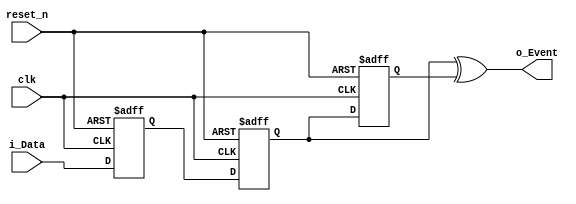
/*
   Module Event Detector (With Input Data Sync)
   Author: Gyan Chand Dhaka (M.Tech, Micro-Electronics & VLSI Design)
   My YouTube Channel: https://www.youtube.com/@vlsiexcellence
   Follow me on Linkedin: https://www.linkedin.com/in/gyan-chand-dhaka-a792971a2/
   Join My Linkedin Group for More VLSI Contents & Info: https://www.linkedin.com/groups/14154124/ 
   
*/
// Code your design here

module event_detector_sync(

		input       clk,
		input       reset_n,
		input       i_Data,
		output      o_Event

	);

	reg  r_ff;
	reg r_Data_in_Flop0, r_Data_in_Flop1;
	wire w_Data_in_Synced;

  always @(posedge clk or negedge reset_n) // Get the synced version of i_Data
			begin
       if(!reset_n)
         begin
					r_Data_in_Flop0 <= 1'b0;
					r_Data_in_Flop1 <= 1'b0;
         end
       else begin
					r_Data_in_Flop0 <= i_Data;
					r_Data_in_Flop1 <= r_Data_in_Flop0;
        end
      end
  
 assign w_Data_in_Synced = r_Data_in_Flop1;

 always @(posedge clk or negedge reset_n) // Register the w_Data_in_Synced
		begin
      if(!reset_n)
				r_ff <= 1'b0;
			else
				r_ff <= w_Data_in_Synced;
			end
  
 assign o_Event = (w_Data_in_Synced)^(r_ff); // o_Event Generation
  
endmodule